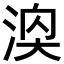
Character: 𪶓